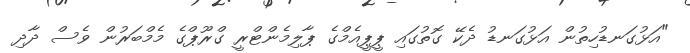
"އަޅުގަނޑުހިތުން އަޅުގަނޑު ދެކޭ ގޮތުގައި ޕީޕީއެމްގެ ޕާލިމެންޓްރީ ގްރޫޕްގެ މެމްބަރުން ވެސް ދާދި